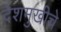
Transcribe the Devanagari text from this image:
देशमुखीचे